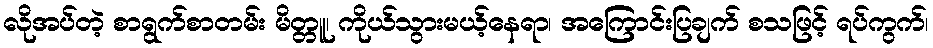
လိုအပ်တဲ့ စာရွက်စာတမ်း မိတ္တူ၊ ကိုယ်သွားမယ့်နေရာ၊ အကြောင်းပြချက် စသဖြင့် ရပ်ကွက်၊